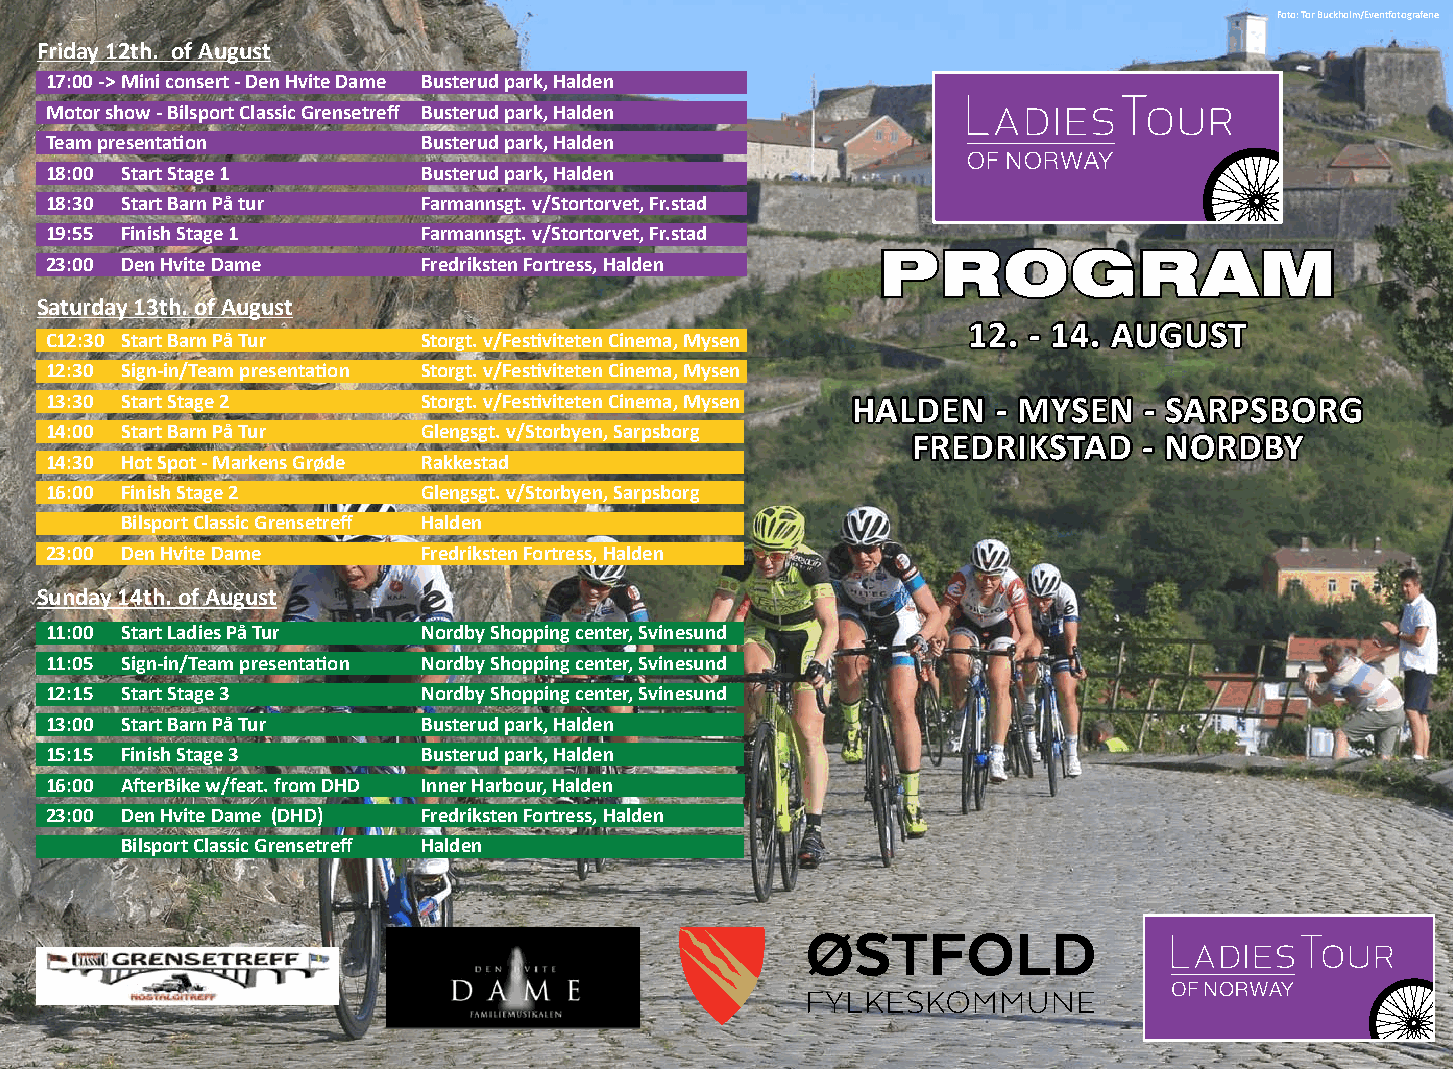
Foto: Tor Buckholm/Eventfotografene
 Friday 12th. of August
 17:00 -> Mini consert - Den Hvite Dame Busterud park, Halden
 Motor show - Bilsport Classic Grensetreff Busterud park, Halden
 Team presentation        Busterud park, Halden
 18:00 Start Stage 1      Busterud park, Halden
 18:30 Start Barn På tur  Farmannsgt. v/Stortorvet, Fr.stad
 19:55 Finish Stage 1     Farmannsgt. v/Stortorvet, Fr.stad
 PROGRAM
 23:00 Den Hvite Dame     Fredriksten Fortress, Halden
 Saturday 13th. of August
 12. - 14. AUGUST
 C12:30 Start Barn På Tur Storgt. v/Festiviteten Cinema, Mysen
 12:30 Sign-in/Team presentation Storgt. v/Festiviteten Cinema, Mysen
 13:30 Start Stage 2      Storgt. v/Festiviteten Cinema, Mysen HALDEN - MYSEN - SARPSBORG
 14:00 Start Barn På Tur  Glengsgt. v/Storbyen, Sarpsborg
 FREDRIKSTAD     - NORDBY
 14:30 Hot Spot - Markens Grøde Rakkestad
 16:00 Finish Stage 2     Glengsgt. v/Storbyen, Sarpsborg
 Bilsport Classic Grensetreff Halden
 23:00 Den Hvite Dame     Fredriksten Fortress, Halden
 Sunday 14th. of August
 11:00 Start Ladies På Tur Nordby Shopping center, Svinesund
 11:05 Sign-in/Team presentation Nordby Shopping center, Svinesund
 12:15 Start Stage 3      Nordby Shopping center, Svinesund
 13:00 Start Barn På Tur  Busterud park, Halden
 15:15 Finish Stage 3     Busterud park, Halden
 16:00 AfterBike w/feat. from DHD Inner Harbour, Halden
 23:00 Den Hvite Dame (DHD) Fredriksten Fortress, Halden
 Bilsport Classic Grensetreff Halden